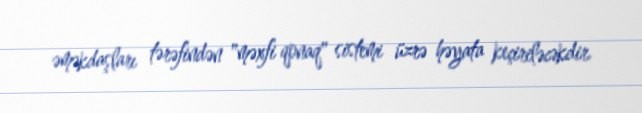
əməkdaşları tərəfindən "məxfi qonaq" sistemi üzrə həyata keçiriləcəkdir.